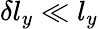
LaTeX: \delta l_{y}\ll l_{y}